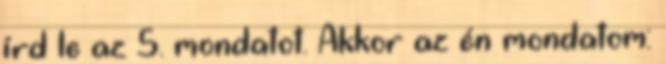
írd le az 5. mondatot. Akkor az én mondatom: